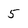
Character: 5